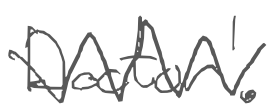
Text: Doctor'.
Cross-out: zig-zag
Writing tool: digital_gray